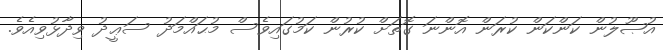
އުޞޫލުން ކަންކަން ކުރަން އޮންނަ ގޮތަށް ކުރުން ކަމުގައިވެސް މުޙައްމަދު ސަޢީދު ވިދާޅުވިއެވެ.